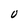
Character: U